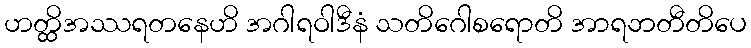
ဟတ္ထိအဿရတနေဟိ အဂါရဝါဒီနံ သတိဂေါစရောတိ အာရဘတီတိပေ